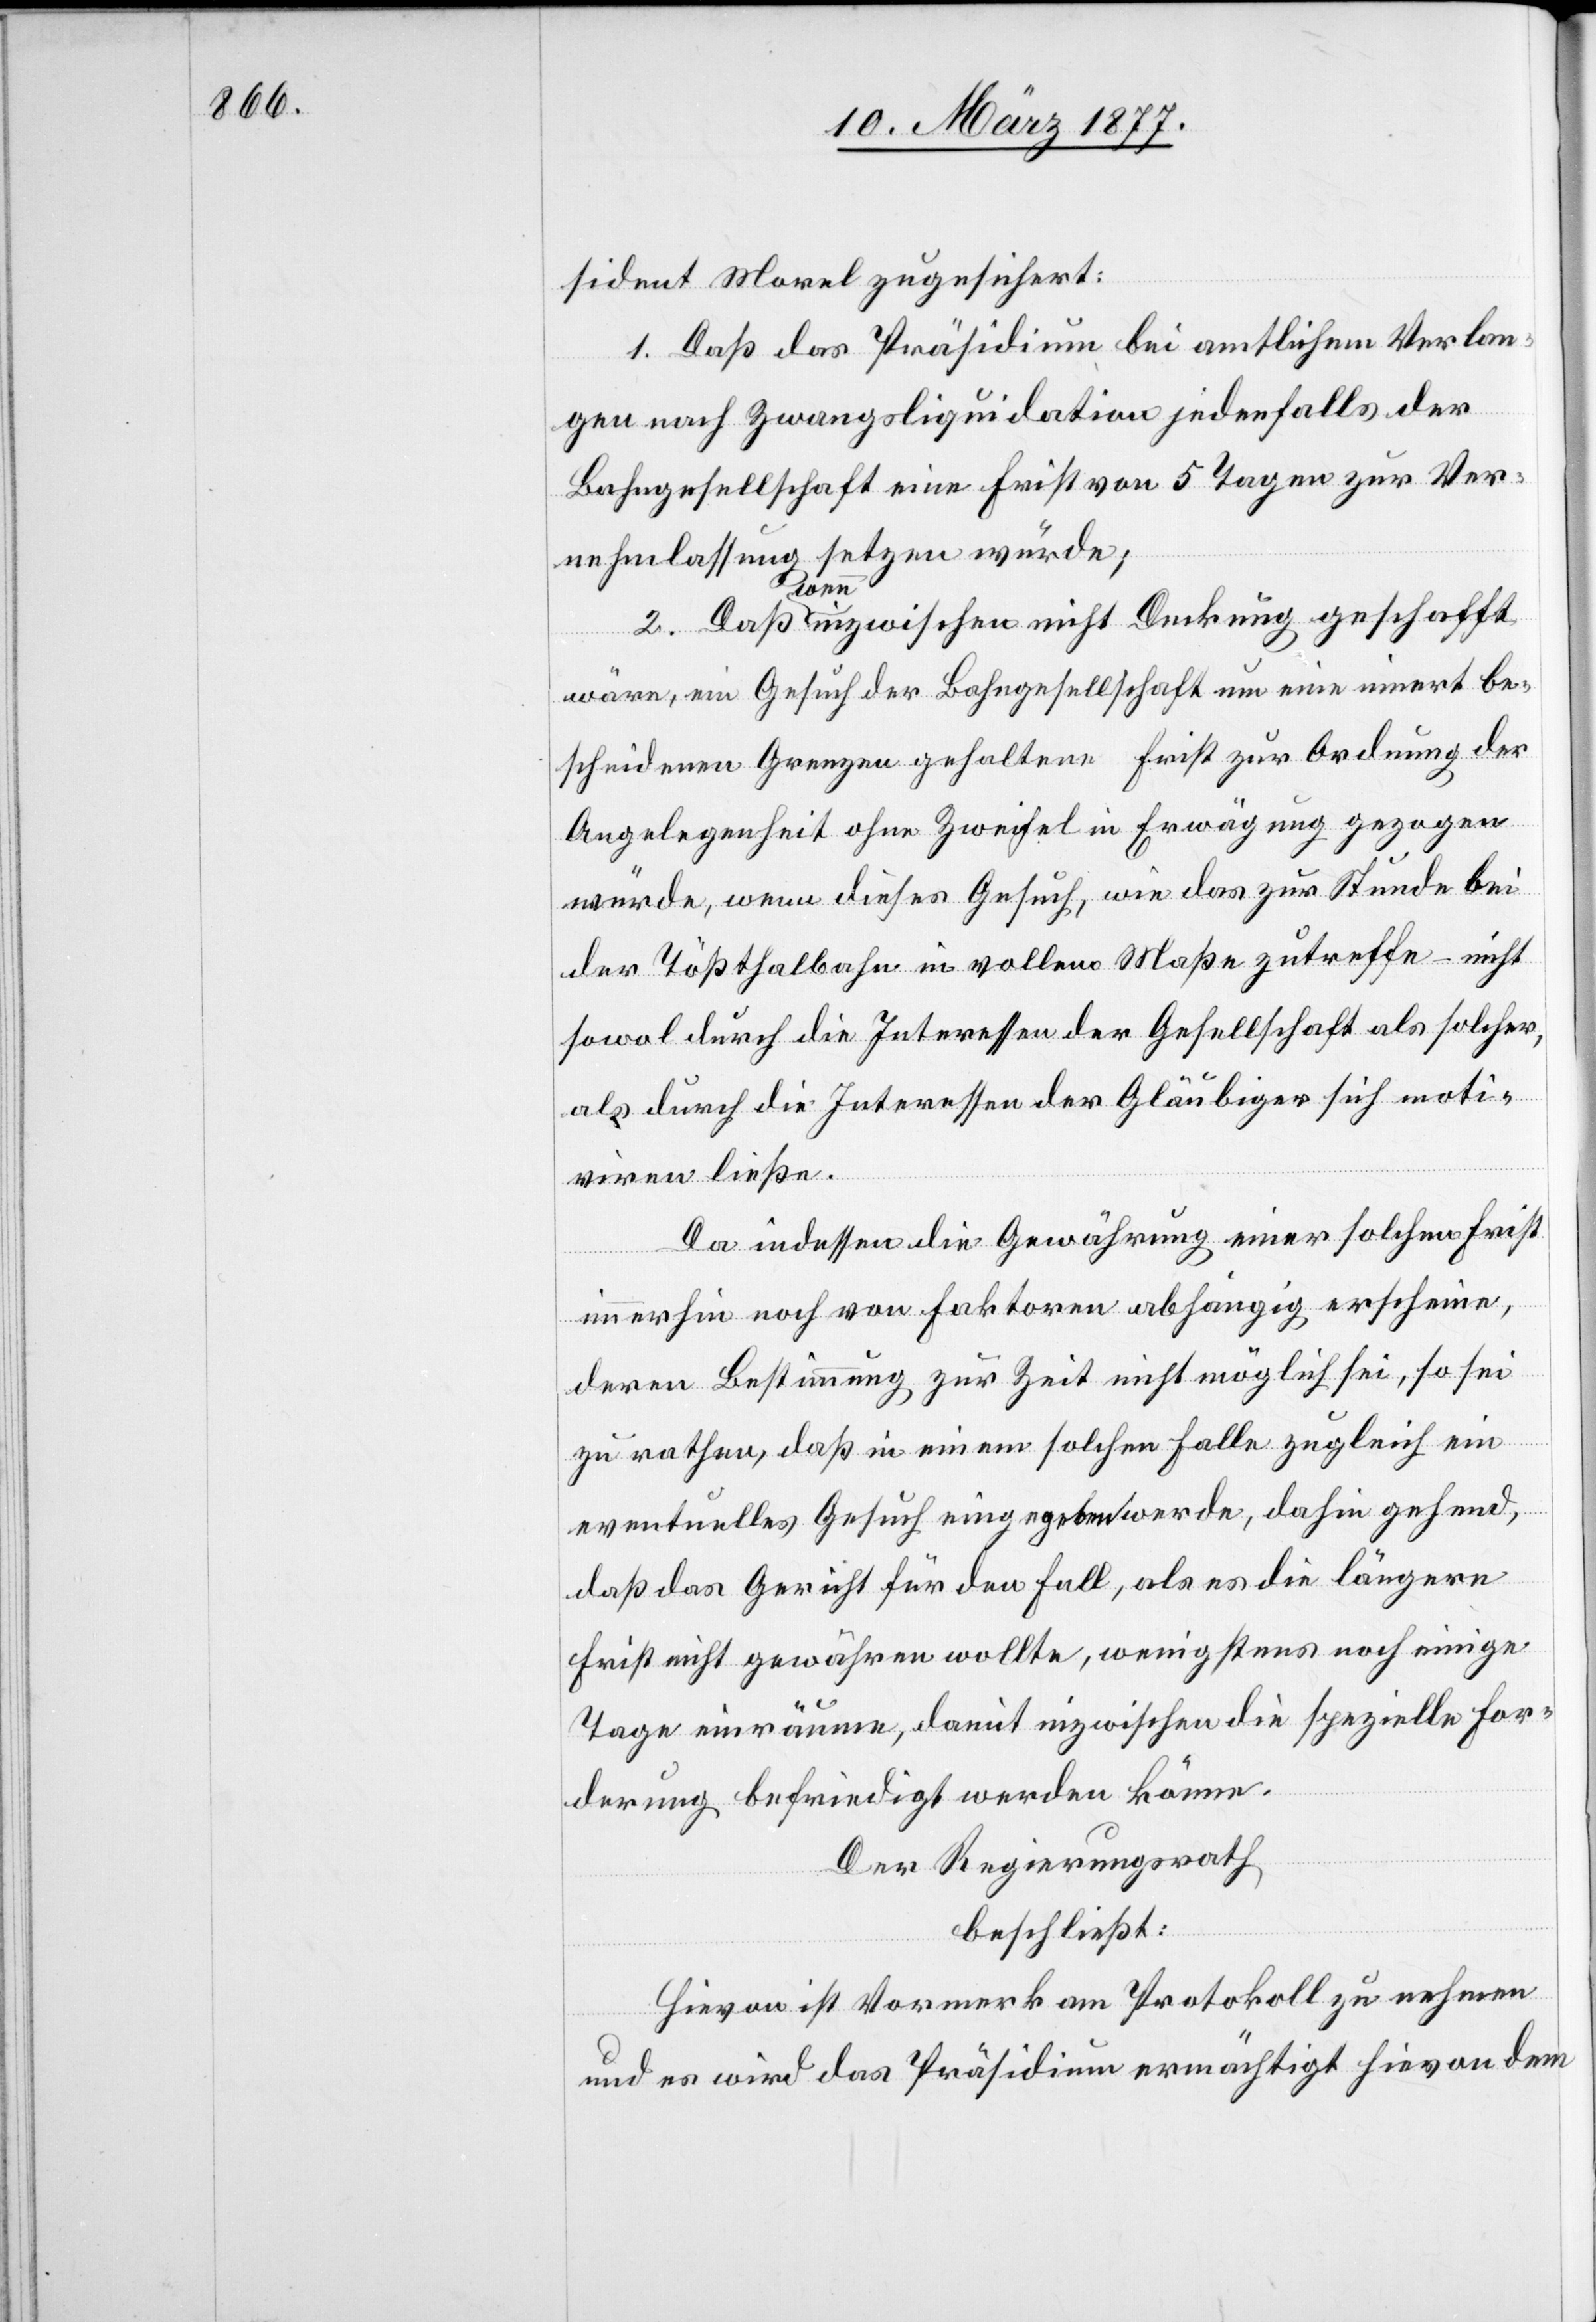
sident Morel zugesichert:
1. Daß das Präsidium bei amtlichem Verlan¬
gen nach Zwangsliquidation jedenfalls der
Bahngesellschaft eine Frist von 5 Tagen zur Ver¬
nehmlassung setzen würde;
2. Daß wenn inzwischen nicht Deckung geschafft
wäre, ein Gesuch der Bahngesellschaft um eine innert be¬
scheidenen Grenzen gehaltene Frist zur Ordnung der
Angelegenheit ohne Zweifel in Erwägung gezogen
würde, wenn dieses Gesuch, wie das zur Stunde bei
der Tößthalbahn in vollem Maße zutreffe – nicht
sowol durch die Interessen der Gesellschaft als solcher,
als durch die Interessen der Gläubiger sich moti¬
viren ließe.
Da indessen die Gewährung einer solchen Frist
immerhin noch von Faktoren abhängig erscheine,
deren Bestimmung zur Zeit nicht möglich sei, so sei
zu rathen, daß in einem solchen Falle zugleich ein
eventuelles Gesuch eingegeben werde, dahin gehend,
daß das Gericht für den Fall, als es die längere
Frist nicht gewähren wollte, wenigstens noch einige
Tage einräume, damit inzwischen die spezielle For¬
derung befriedigt werden könne.
Der Regierungsrath
beschließt:
Hievon ist Vormerk am Protokoll zu nehmen
und es wird das Präsidium ermächtigt hievon dem